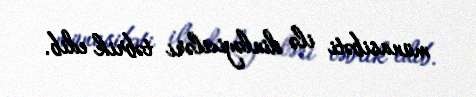
münasibəti ilə dinləyiciləri təbrik edib.